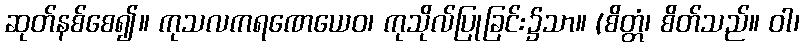
ဆုတ်နစ်စေ၍။ ကုသလကရဏေယေဝ၊ ကုသိုလ်ပြုခြင်း၌သာ။ (စိတ္တံ၊ စိတ်သည်။ ဝါ၊